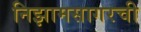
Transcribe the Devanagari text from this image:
निझामसागरची